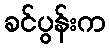
ခင်ပွန်းက